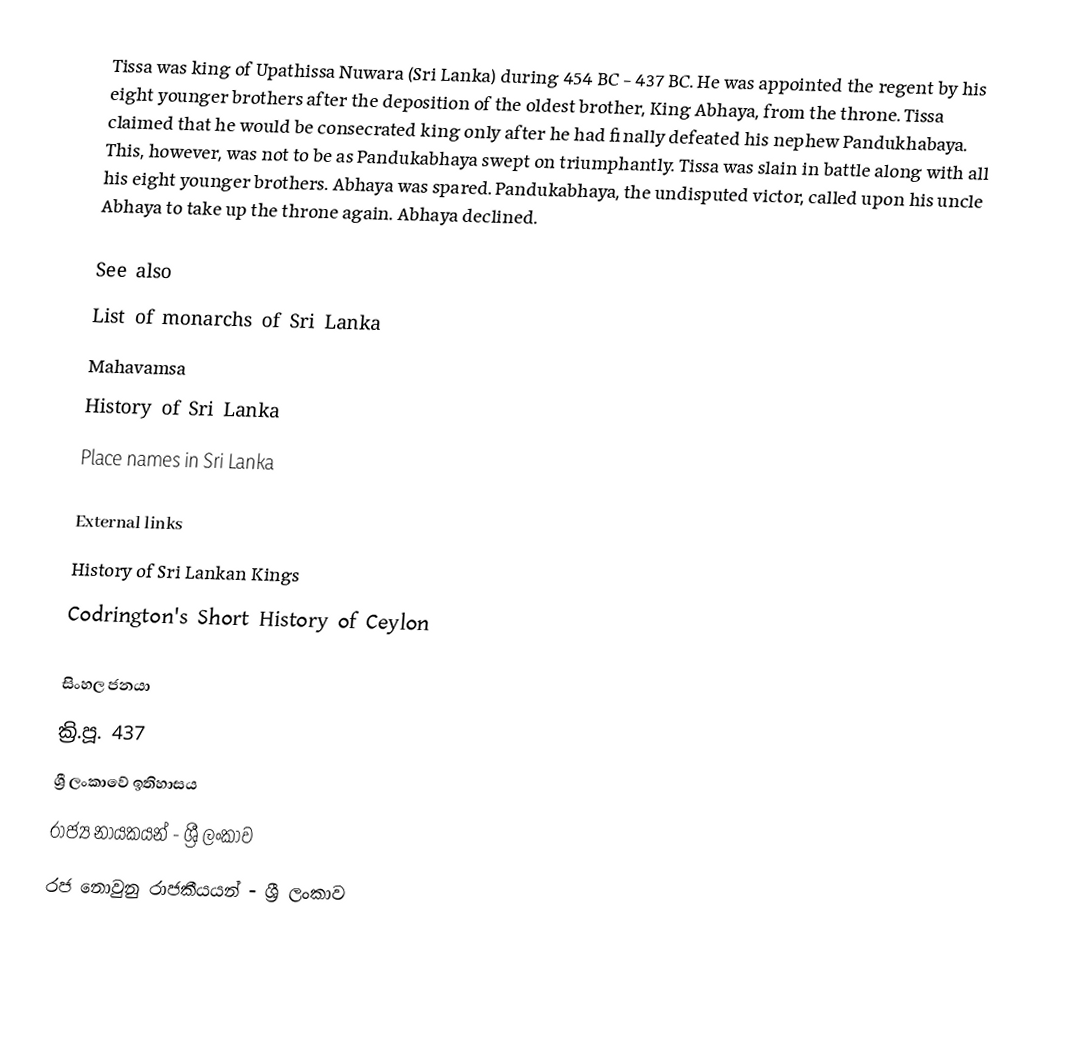
Tissa was king of Upathissa Nuwara (Sri Lanka) during 454 BC - 437 BC. He was appointed the regent by his eight younger brothers after the deposition of the oldest brother, King Abhaya, from the throne. Tissa claimed that he would be consecrated king only after he had finally defeated his nephew Pandukhabaya. This, however, was not to be as Pandukabhaya swept on triumphantly. Tissa was slain in battle along with all his eight younger brothers. Abhaya was spared. Pandukabhaya, the undisputed victor, called upon his uncle Abhaya to take up the throne again. Abhaya declined.

See also
List of monarchs of Sri Lanka
Mahavamsa
History of Sri Lanka
Place names in Sri Lanka

External links
 History of Sri Lankan Kings
 Codrington's Short History of Ceylon

සිංහල ජනයා
ක්‍රි.පූ. 437
ශ්‍රී ලංකාවේ ඉතිහාසය
රාජ්‍ය නායකයන් - ශ්‍රී ලංකාව
රජ නොවුනු රාජකීයයන් - ශ්‍රී ලංකාව